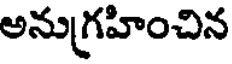
అనుగ్రహించిన